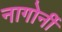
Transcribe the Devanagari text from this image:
नागोर्नी